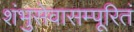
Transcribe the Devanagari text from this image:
शंभुसेवासम्पूरितं